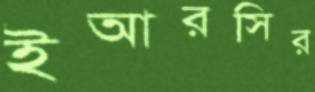
ইআরসির